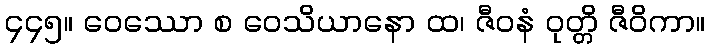
၄၄၅။ ဝေဿော စ ဝေသိယာနော ထ၊ ဇီဝနံ ဝုတ္တိ ဇီဝိကာ။